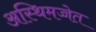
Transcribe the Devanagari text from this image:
अस्थिमज्जेत